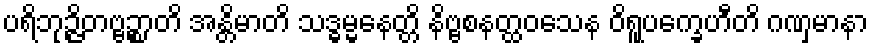
ပရိဘုဉ္ဇိတဗ္ဗဉ္စာတိ အန္တိမာတိ သဒ္ဓမ္မနေတ္တိ နိဗ္ဗစနတ္ထဝသေန ဝိရူပက္ခေဟီတိ ဂဏှမာနာ